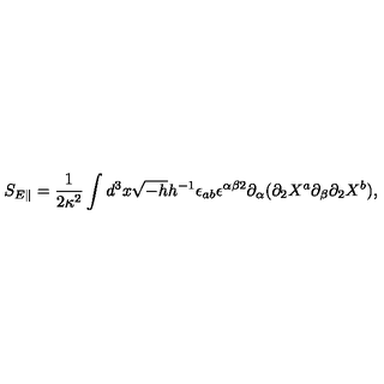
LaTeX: S _ { E \parallel } = \frac { 1 } { 2 \kappa ^ { 2 } } \int d ^ { 3 } x \sqrt { - h } h ^ { - 1 } \epsilon _ { a b } \epsilon ^ { \alpha \beta 2 } \partial _ { \alpha } ( \partial _ { 2 } X ^ { a } \partial _ { \beta } \partial _ { 2 } X ^ { b } ) ,